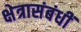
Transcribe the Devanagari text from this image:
क्षेत्रासंबंधीं